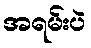
အရမ်းပဲ